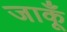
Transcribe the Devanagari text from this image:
जाकूँ